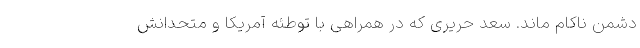
دشمن ناکام ماند. سعد حریری که در همراهی با توطئه آمریکا و متحدانش